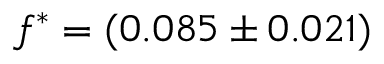
f ^ { \ast } = ( 0 . 0 8 5 \pm 0 . 0 2 1 )